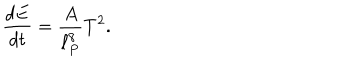
{ \frac { d E } { d t } } = \frac { A } { \ell _ { P } ^ { 8 } } T ^ { 2 } .